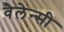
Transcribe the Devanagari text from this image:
वैलेन्सी